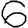
Digit: 6